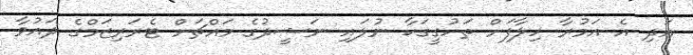
އަދި އެ އަމުރާ ހިލާފަށް ތަހުގީގަކާ ނުލައި ނަޝީދުގެ މައްޗަށް ޓެރަރިޒަމްގެ ދައުވާ